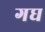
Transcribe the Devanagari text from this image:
गघ